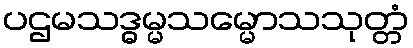
ပဌမသဒ္ဓမ္မသမ္မောသသုတ္တံ